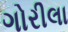
ગોરીલા